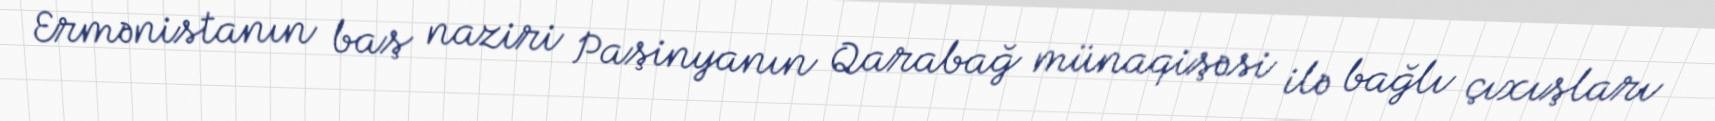
Ermənistanın baş naziri Paşinyanın Qarabağ münaqişəsi ilə bağlı çıxışları